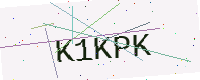
Text: K1KPK